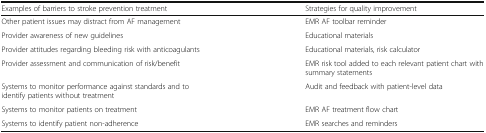
| Examples of barriers to stroke prevention treatment | Strategies for quality improvement |
 | --- | --- |
 | Other patient issues may distract from AF management | EMR AF toolbar reminder |
 | Provider awareness of new guidelines | Educational materials |
 | Provider attitudes regarding bleeding risk with anticoagulants | Educational materials, risk calculator |
 | Provider assessment and communication of risk/benefit | EMR risk tool added to each relevant patient chart with summary statements |
 | Systems to monitor performance against standards and to identify patients without treatment | Audit and feedback with patient-level data |
 | Systems to monitor patients on treatment | EMR AF treatment flow chart |
 | Systems to identify patient non-adherence | EMR searches and reminders |